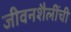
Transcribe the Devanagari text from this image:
जीवनशैलींची